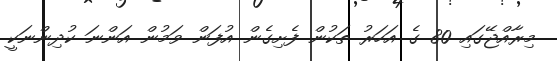
މިރާއްޖޭގައި 80 ގެ އަހަރު ތަކުން ފެށިގެން އުފަން ވަމުން އަންނަ ކުދިންނަކީ